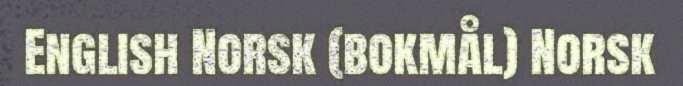
English Norsk (bokmål) Norsk